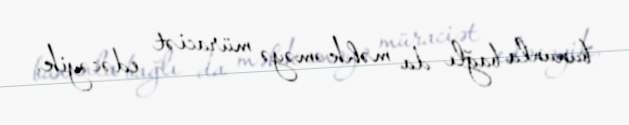
bununla bağlı da məhkəməyə müraciət edəcəyik.